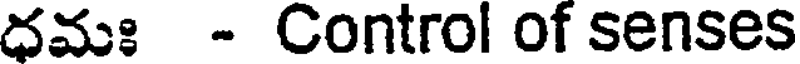
ధమః - Control of senses